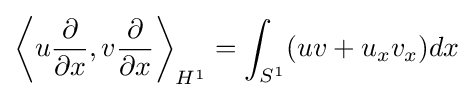
\left\langle u{\frac {\partial }{\partial x}},v{\frac {\partial }{\partial x}}\right\rangle _{H^{1}}=\int _{S^{1}}(uv+u_{x}v_{x})dx